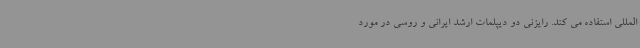
المللی استفاده می کند. رایزنی دو دیپلمات ارشد ایرانی و روسی در مورد